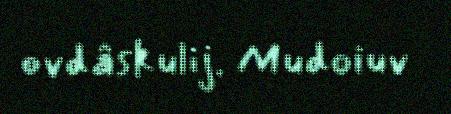
ovdâskulij. Mudoiuv